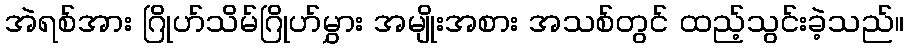
အဲရစ်အား ဂြိုဟ်သိမ်ဂြိုဟ်မွှား အမျိုးအစား အသစ်တွင် ထည့်သွင်းခဲ့သည်။